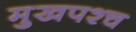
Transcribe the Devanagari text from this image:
मुखपश्च